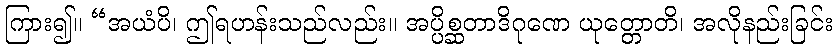
ကြား၍။ “အယံပိ၊ ဤရဟန်းသည်လည်း။ အပ္ပိစ္ဆတာဒိဂုဏေ ယုတ္တောတိ၊ အလိုနည်းခြင်း